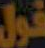
فول